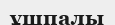
ұшпалы